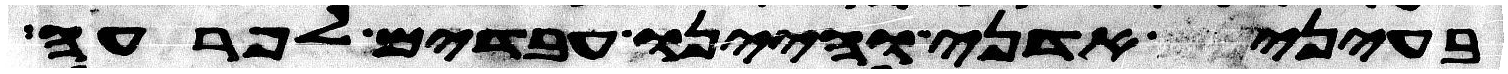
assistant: בעיני אדני והיינו עבדים לפרעה